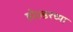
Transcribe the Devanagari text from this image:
होल्डरच्या